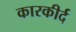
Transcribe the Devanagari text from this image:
कारकीर्द